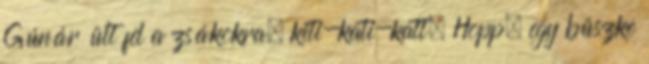
Gúnár ült fel a zsákokra, kiti-kati-katt. Hopp, egy büszke